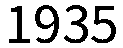
1935